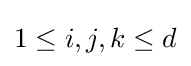
1\leq i,j,k\leq d